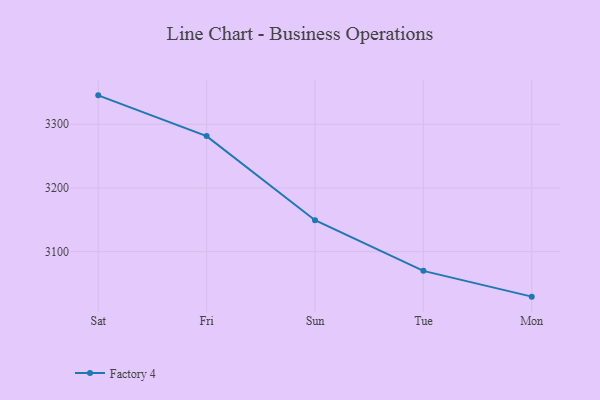
{"axis": {"x": "Day", "y": "Energy Usage (MWh)"}, "legend": ["Factory 4"], "data": [{"x": "Sat", "y": 3345.4, "type": "Factory 4"}, {"x": "Fri", "y": 3281.4, "type": "Factory 4"}, {"x": "Sun", "y": 3149.4, "type": "Factory 4"}, {"x": "Tue", "y": 3069.8, "type": "Factory 4"}, {"x": "Mon", "y": 3029.3, "type": "Factory 4"}]}